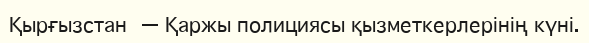
Қырғызстан — Қаржы полициясы қызметкерлерінің күні.